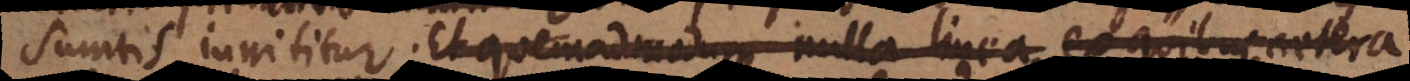
sumtis innititur. Et quemadmodum nulla linea; ex quibus caetera